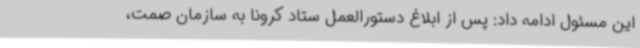
این مسئول ادامه داد: پس از ابلاغ دستورالعمل ستاد کرونا به سازمان صمت،